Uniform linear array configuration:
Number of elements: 32
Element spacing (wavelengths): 0.75
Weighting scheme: exponential
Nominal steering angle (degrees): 0
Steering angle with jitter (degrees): -1.531
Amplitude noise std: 0.05
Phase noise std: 0.05

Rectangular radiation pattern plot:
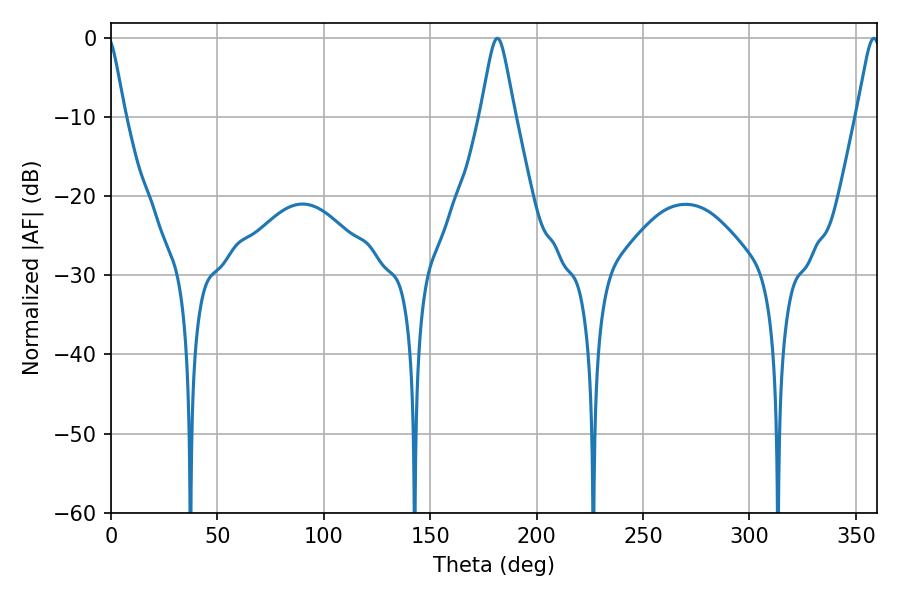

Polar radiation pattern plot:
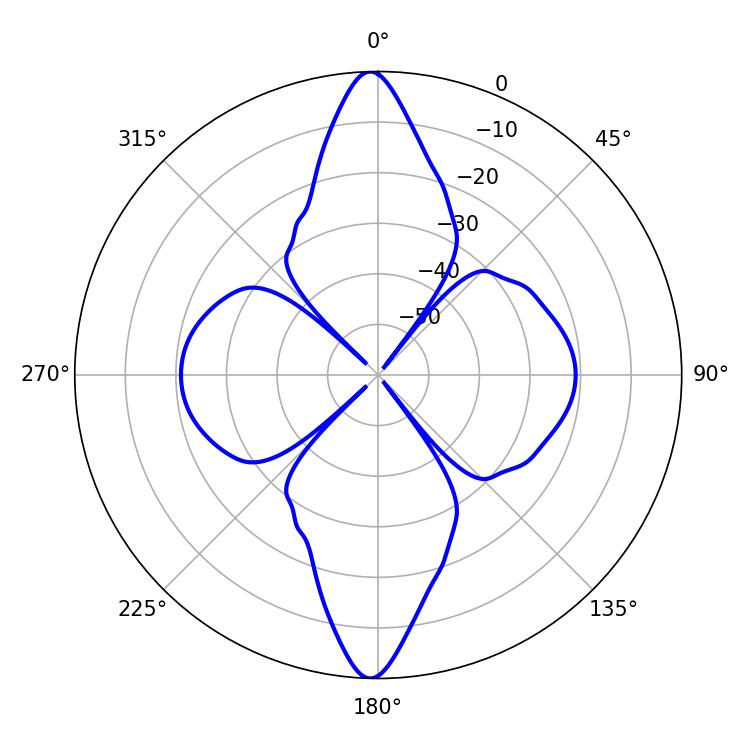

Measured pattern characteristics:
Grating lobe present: TRUE
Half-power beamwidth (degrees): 7.74
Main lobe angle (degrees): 181.62